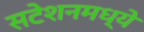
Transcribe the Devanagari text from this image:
सटेशनमध्ये